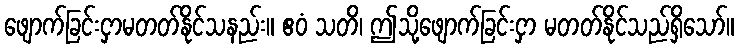
ဖျောက်ခြင်းငှာမတတ်နိုင်သနည်း။ ဧဝံ သတိ၊ ဤသို့ဖျောက်ခြင်းငှာ မတတ်နိုင်သည်ရှိသော်။